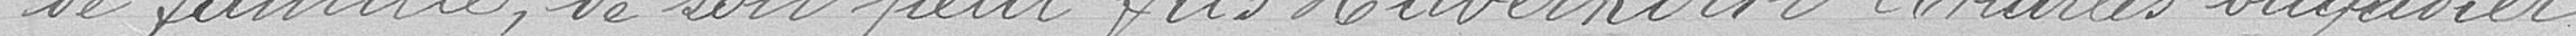
de famille, de son petit fils Haberkorn Charles brigadier